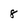
Character: 8